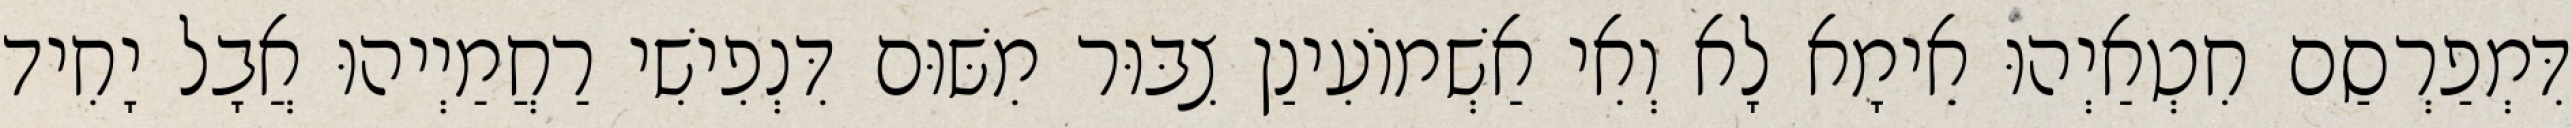
דִּמְפַרְסַם חִטְאַיְהוּ אֵימָא לָא וְאִי אַשְׁמוֹעִינַן צִבּוּר מִשּׁוּם דִּנְפִישִׁי רַחֲמַיְיהוּ אֲבָל יָחִיד